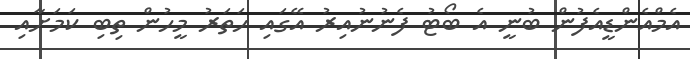
އެމްއެންޑީއެފުން ބުނީ އެ ބޯޓު ފެނުނުއިރު އޭގައި ހަތަރު މީހުން ތިބި ކަމަށާއި